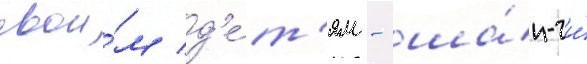
свои́м д'е́т'ям - ша́н-чи́